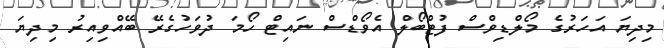
މިދިޔަ އަހަރުގެ މޯލްޑިވްސް ފުޓްބޯލް އެވޯޑްސް ނައިޓް ހޯމަ ދުވަހުގެރޭ ބޭއްވިއިރު މިދިޔަ